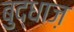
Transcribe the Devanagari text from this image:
बुद्धाज़